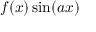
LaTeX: f ( x ) \sin ( a x )